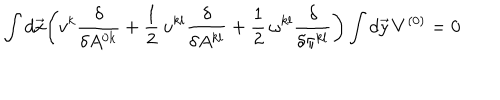
\int d \vec { x } \biggl ( v ^ { k } \frac { \delta } { \delta A ^ { 0 k } } + \frac { 1 } { 2 } \, u ^ { k l } \frac { \delta } { \delta A ^ { k l } } + \frac { 1 } { 2 } \, \omega ^ { k l } \frac { \delta } { \delta \pi ^ { k l } } \biggr ) \int d \vec { y } \, V ^ { ( 0 ) } = 0